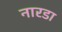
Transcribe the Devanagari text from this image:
नारडा